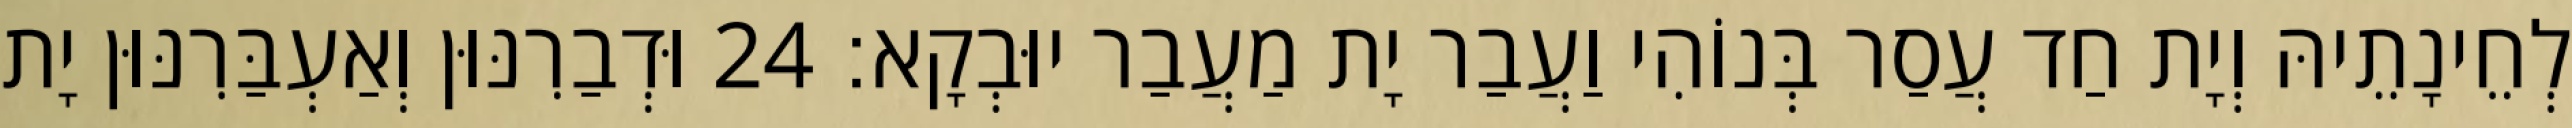
לְחֵינָתֵיהּ וְיָת חַד עֲסַר בְּנוֹהִי וַעֲבַר יָת מַעֲבַר יוּבְקָא׃ 24 וּדְבַרִנּוּן וְאַעְבַּרִנּוּן יָת